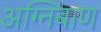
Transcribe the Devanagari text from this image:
अग्‍निबाण